Civil Veterinary Dept. Bombay admin report 1900-1906 - 1900-1906
Year: 1900
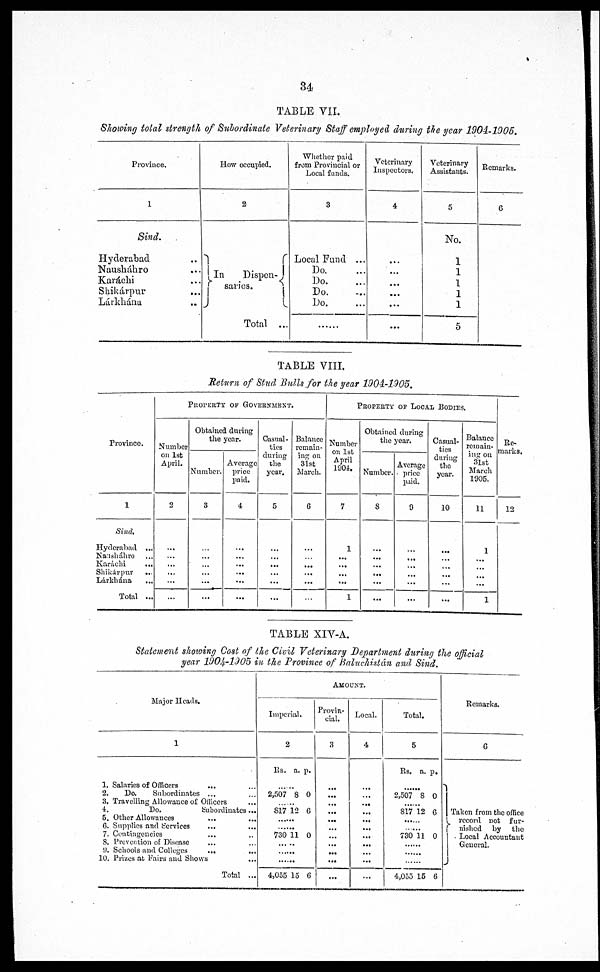
34
TABLE VII.
Showing total strength of Subordinate Veterinary Staff employed during the year 1904-1905.
Province.
1
Sind.
Hyderabad
Nausháhro ...
Karáchi ...
Shikárpur ...
Lárkhána ..
How occupied.
2
In
Dispen¬
saries.
Total ...
Whether paid
from Provincial or
Local funds.
3
Local Fund ...
Do.
Do.
Do.
Do.
......
Veterinary
Inspectors.
4
...
...
...
... ...
...
Veterinary
Assistants.
5
No.
1
1
1
1
1
5
Remarks.
6
TABLE VIII.
Return of Stud Bulls for the year 1904-1905.
Province.
1
Sind,
Hyderabad ...
Nausháhro ...
Karachi
Shikárpur
...
Lárkhána ...
Total ...
PROPERTY OF GOVERNMENT.
Number
on 1st
April.
2
......
...
...
...
...
...
Obtained during
the year.
Number.
3
...
...
...
...
...
...
Average
price
paid.
4
...
...
...
...
...
...
Casual¬
ties
during
the
year.
5
...
...
...
...
...
...
Balance
remain-
ing on
31st
March.
6
...
...
...
...
...
PROPERTY OF LOCAL BODIES.
Number
on 1st
April
1904.
7
1
...
...
...
...
1
Obtained during
the year.
Number.
8
...
...
...
...
...
...
Average
price
paid.
9
...
...
...
...
...
...
Casual-
ties
during
the
year.
10
...
...
...
...
...
...
Balance
remain-
ing on
31st
March
1905.
11
1
...
...
...
1
Re-
marks.
12
...
...
...
...
...
...
TABLE XIV-A.
Statement showing Cost of the Civil Veterinary Department during the official
year 1904-1905 in the Province of Baluchistan and Sind.
Major Heads.
1
1. Salaries of Officers
2.
Do.
Subordinates ... ...
3. Travelling Allowance of Officers ...
4.
Do.
Subordinates ...
5. Other Allowances
...
6. Supplies and Services
... ...
7. Contingencies
8. Prevention of Disease ... ...
9. Schools and Colleges
...
...
10. Prizes at Fairs and Shows
Total ...
AMOUNT.
Imperial.
2
Rs.
2,507
S17
730
...
4,055
a.
8
12
11
..
15
p.
0
6
0
6
Provin-
cial.
3
...
...
...
...
...
...
...
...
...
...
Local.
4
...
...
...
...
...
...
...
...
...
...
Total.
5
Rs.
2,507
817
730 11
4,055
a.
8
12
15
p.
0
6
0
6
Remarks.
6
Taken from the office
record not fur¬ nished by th
Local Accountant
General.